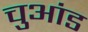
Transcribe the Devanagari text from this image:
चुआंड